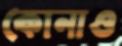
কোনাও